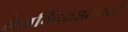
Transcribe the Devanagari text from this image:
नैसर्गिकआपत्ती